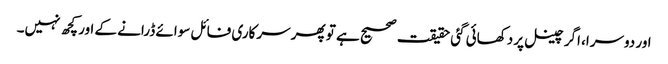
اور دوسرا، اگر چینل پر دکھائی گئی حقیقت صحیح ہے تو پھر سرکاری فائل سوائے ڈرانے کے اور کچھ نہیں۔